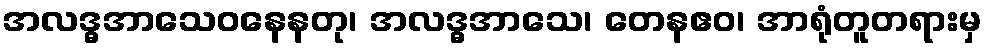
အလဒ္ဓအာသေဝနေနတု၊ အလဒ္ဓအာသေ၊ တေနဧဝ၊ အာရုံတူတရားမှ